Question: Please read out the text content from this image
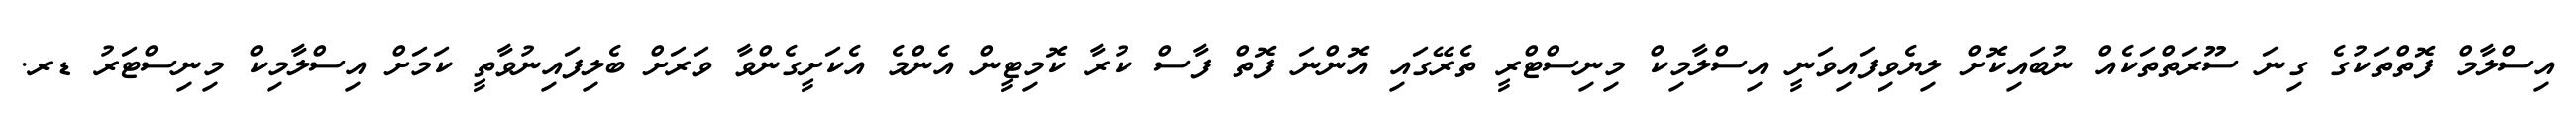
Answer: އިސްލާމް ފޮތްތަކުގެ ގިނަ ސޫރަތްތަކެއް ނުބައިކޮށް ލިޔެވިފައިވަނީ އިސްލާމިކް މިނިސްޓްރީ ތެރޭގައި އޮންނަ ފޮތް ފާސް ކުރާ ކޮމިޓީން އެންމެ އެކަށީގެންވާ ވަރަށް ބެލިފައިނުވާތީ ކަމަށް އިސްލާމިކް މިނިސްޓަރު ޑރ.